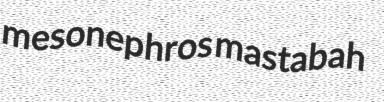
mesonephros mastabah